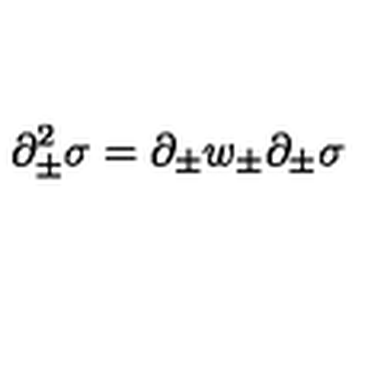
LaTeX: \partial _ { \pm } ^ { 2 } \sigma = \partial _ { \pm } w _ { \pm } \partial _ { \pm } \sigma